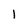
Character: 1